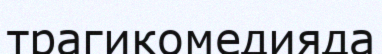
трагикомедияда